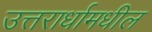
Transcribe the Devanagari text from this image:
उत्तरार्धामधील